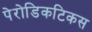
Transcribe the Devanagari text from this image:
पेरोडिकटिकस